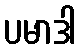
ပမာဒါ